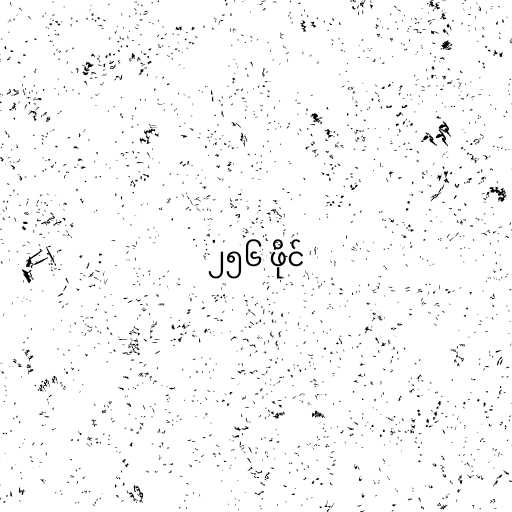
၂၅၆ ဖိုင်